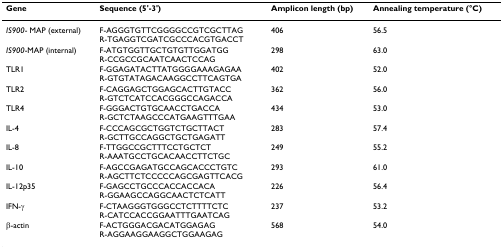
| Gene | Sequence (5'-3') | Amplicon length (bp) | Annealing temperature (°C) |
 | --- | --- | --- | --- |
 | IS900- MAP (external) | F-AGGGTGTTCGGGGCCGTCGCTTAGR-TGAGGTCGATCGCCCACGTGACCT | 406 | 56.5 |
 | IS900-MAP (internal) | F-ATGTGGTTGCTGTGTTGGATGGR-CCGCCGCAATCAACTCCAG | 298 | 63.0 |
 | TLR1 | F-GGAGATACTTATGGGGAAAGAGAAR-GTGTATAGACAAGGCCTTCAGTGA | 402 | 52.0 |
 | TLR2 | F-CAGGAGCTGGAGCACTTGTACCR-GTCTCATCCACGGGCCAGACCA | 362 | 56.0 |
 | TLR4 | F-GGGACTGTGCAACCTGACCAR-GCTCTAAGCCCATGAAGTTTGAA | 434 | 53.0 |
 | IL-4 | F-CCCAGCGCTGGTCTGCTTACTR-GCTTGCCAGGCTGCTGAGATT | 283 | 57.4 |
 | IL-8 | F-TTGGCCGCTTTCCTGCTCTR-AAATGCCTGCACAACCTTCTGC | 249 | 55.2 |
 | IL-10 | F-AGCCGAGATGCCAGCACCCTGTCR-AGCTTCTCCCCCAGCGAGTTCACG | 293 | 61.0 |
 | IL-12p35 | F-GAGCCTGCCCACCACCACAR-GGAAGCCAGGCAACTCTCATT | 226 | 56.4 |
 | IFN-γ | F-CTAAGGGTGGGCCTCTTTTCTCR-CATCCACCGGAATTTGAATCAG | 237 | 53.2 |
 | β-actin | F-ACTGGGACGACATGGAGAGR-AGGAAGGAAGGCTGGAAGAG | 568 | 54.0 |